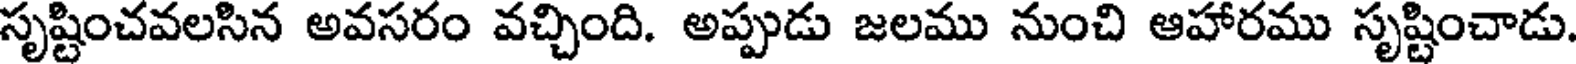
సృష్టించవలసిన అవసరం వచ్చింది. అప్పుడు జలము నుంచి ఆహారము సృష్టించాడు.